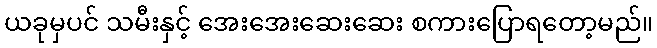
ယခုမှပင် သမီးနှင့် အေးအေးဆေးဆေး စကားပြောရတော့မည်။